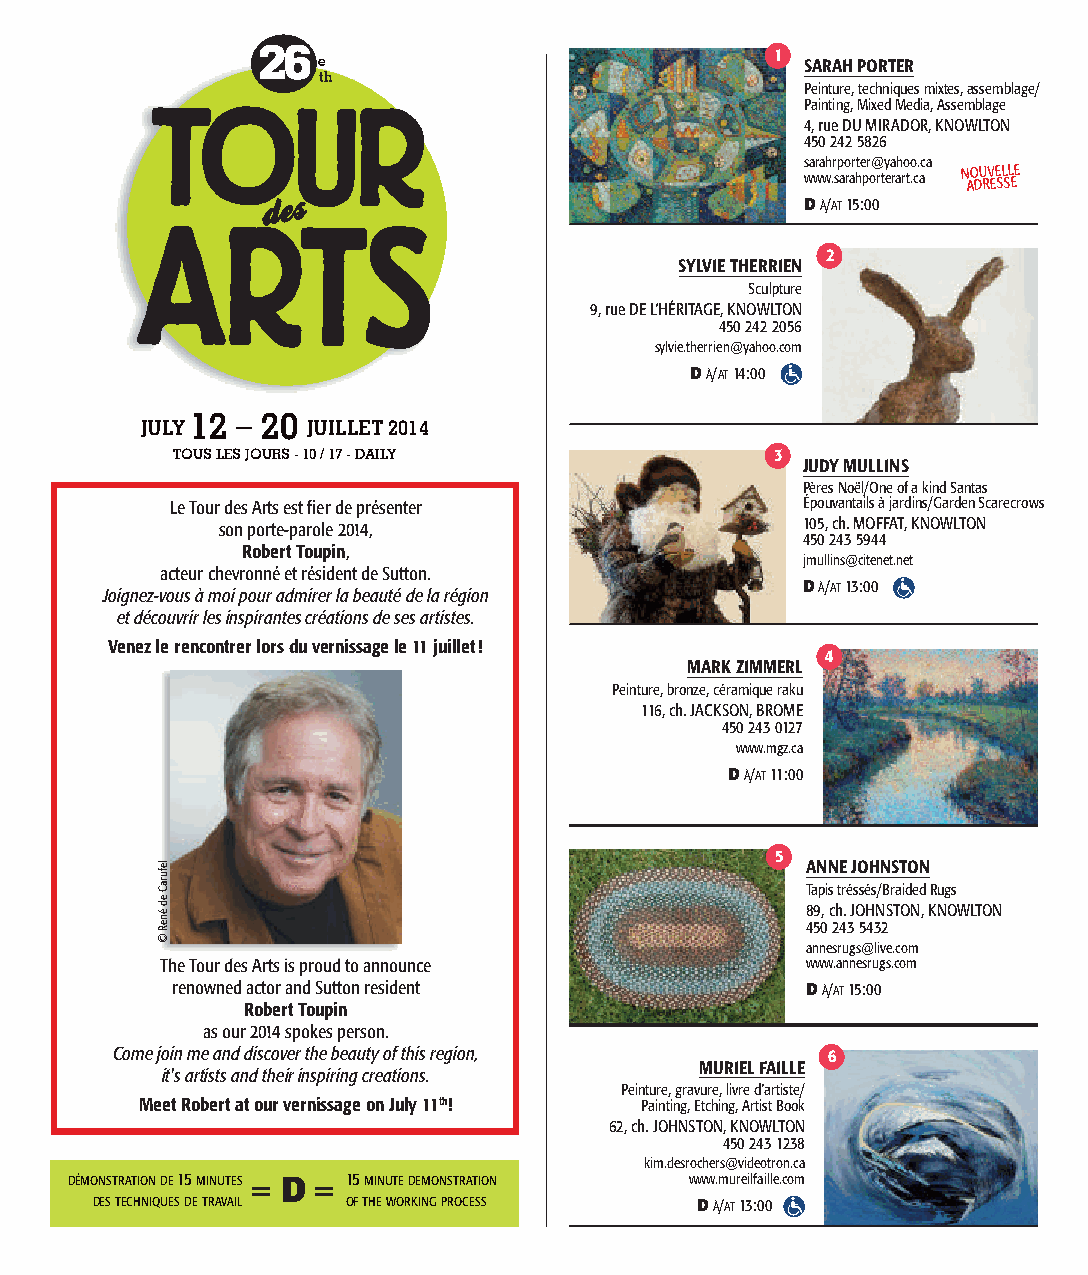
26  e                             1 SARAH PORTER
 th
 Peinture, techniques mixtes, assemblage/
 Painting, Mixed Media, Assemblage
 4, rue DU MIRADOR, KNOWLTON
 450 242 5826
 sarahrporter@yahoo.ca
 www.sarahporterart.ca N AO DU RV EE SL SL EE
 DÀ/AT15:00
 2
 SYLVIE THERRIEN
 Sculpture
 9, rue DE L’HÉRITAGE, KNOWLTON
 450 242 2056
 sylvie.therrien@yahoo.com
 DÀ/AT14:00
 12 – 20
 JULY       JUILLET 2014
 TOUS LES JOURS - 10 / 17 - DAILY        3
 JUDY MULLINS
 Pères Noël/One of a kind Santas
 Le Tour des Arts est fier de présenter    Épouvantails à jardins/Garden Scarecrows
 son porte-parole 2014,                 105, ch. MOFFAT, KNOWLTON
 450 243 5944
 Robert Toupin,
 jmullins@citenet.net
 acteur chevronné et résident de Sutton.
 Joignez-vous à moi pour admirer la beauté de la région
 DÀ/AT13:00
 et découvrir les inspirantes créations de ses artistes.
 Venez le rencontrer lors du vernissage le 11 juillet!
 04
 MARK ZIMMERL
 Peinture, bronze, céramique raku
 116, ch. JACKSON, BROME
 450 243 0127
 www.mgz.ca
 DÀ/AT11:00
 5
 ANNE JOHNSTON
 Tapis tréssés/Braided Rugs
 89, ch. JOHNSTON, KNOWLTON
 450 243 5432
 annesrugs@live.com
 The Tour des Arts is proud to announce    www.annesrugs.com
 renowned actor and Sutton resident        DÀ/AT15:00
 Robert Toupin
 as our 2014 spokes person.
 Come join me and discover the beauty of this region, 06
 MURIEL FAILLE
 it's artists and their inspiring creations.
 Peinture, gravure, livre d’artiste/
 Meet Robert at our vernissage on July 11th! Painting, Etching, Artist Book
 62, ch. JOHNSTON, KNOWLTON
 450 243 1238
 kim.desrochers@videotron.ca
 DÉMONSTRATIONDE15 MINUTES = D = 15 MINUTEDEMONSTRATION www.mureilfaille.com
 DESTECHNIQUESDETRAVAIL OFTHEWORKINGPROCESS DÀ/AT13:00
 lefuraC
 ed
 éneR
 ©